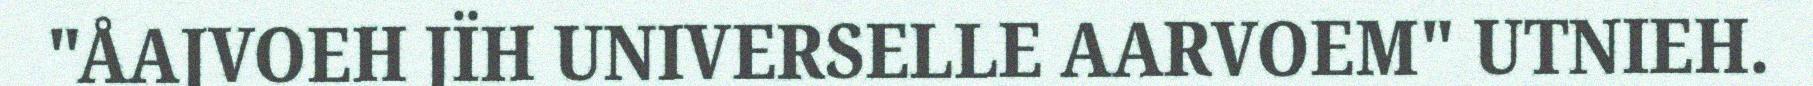
"ÅAJVOEH JÏH UNIVERSELLE AARVOEM" UTNIEH.